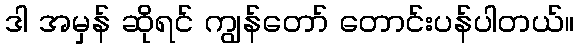
ဒါ အမှန် ဆိုရင် ကျွန်တော် တောင်းပန်ပါတယ်။